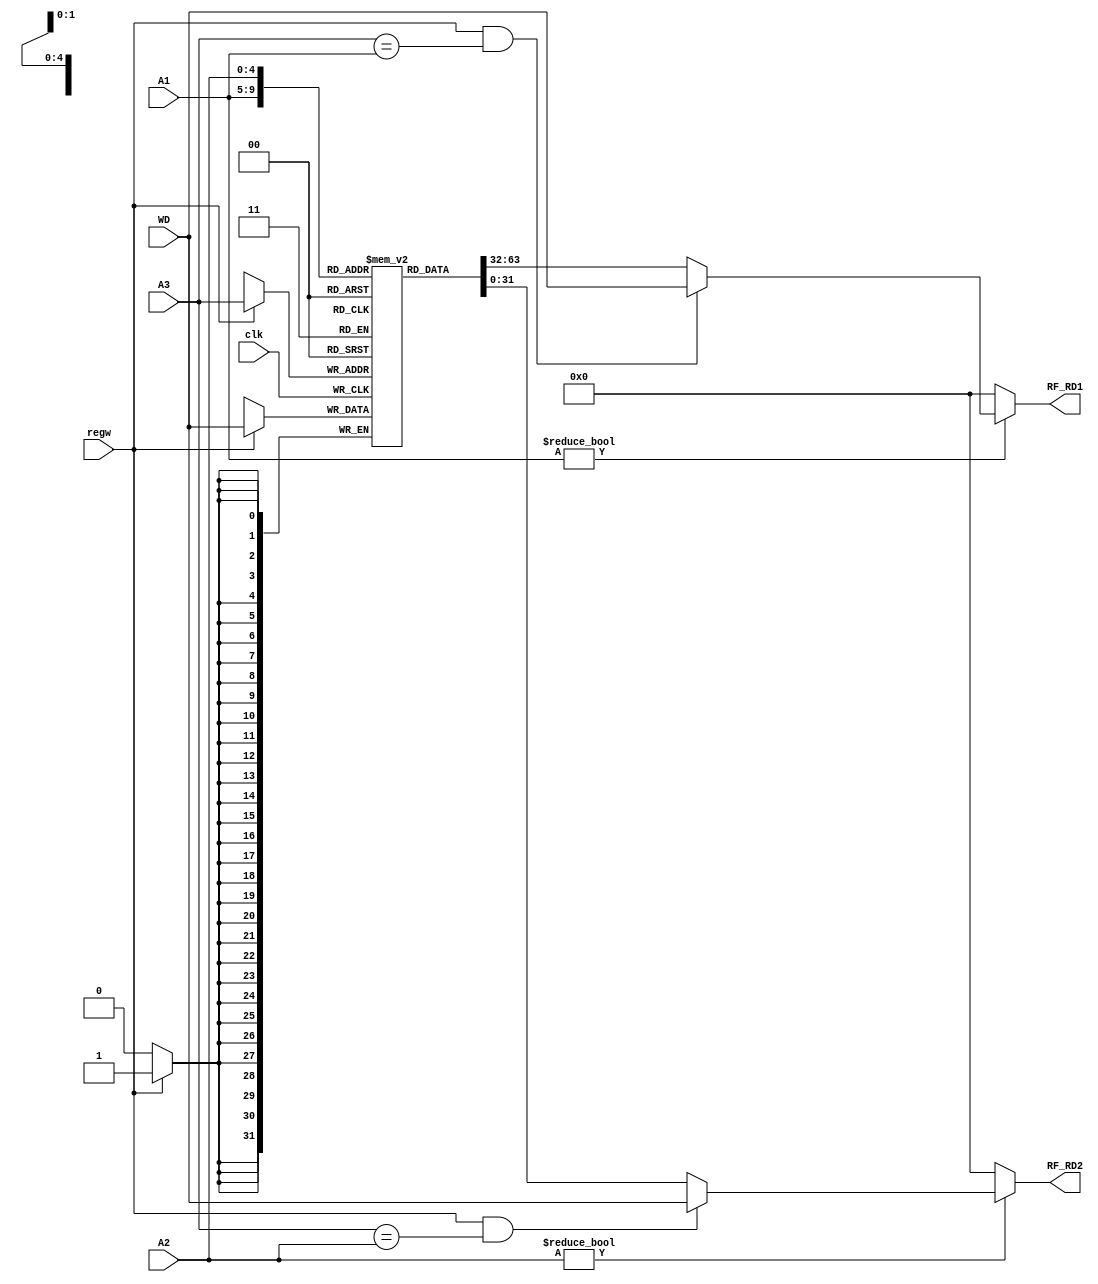
module RF(clk,regw,A1,A2,A3,WD,RF_RD1,RF_RD2);
  input clk;//,clock
  input  regw;//regwrite signal
  input [4:0] A1,A2,A3;//reg 0-31
  input [31:0]WD;//data write to reg
  output [31:0] RF_RD1,RF_RD2;//data read from reg
  
  reg [31:0]regfile[0:31];//32 reg
  wire [31:0]d1,d2;
  
  initial
  begin
    regfile[0]<=0;
    regfile[29]<='h00002ffc;//sp
    regfile[28]<='h00001800;//gp
    
  end
  
  always @(posedge clk)
  begin
    if(regw) regfile[A3]<=WD;
  end
  
  //first write then read
  assign d1=(regw && A3==A1)? WD:regfile[A1];
  assign d2=(regw && A3==A2)? WD:regfile[A2];
  
  assign RF_RD1=(A1!=0)? d1:0;
  assign RF_RD2=(A2!=0)? d2:0;
endmodule